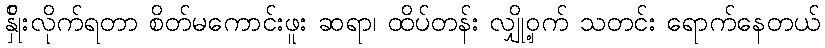
န်ှိုးလိုက်ရတာ စိတ်မကောင်းဖူး ဆရာ၊ ထိပ်တန်း လျှို့ဝှက် သတင်း ရောက်နေတယ်